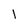
Character: 1